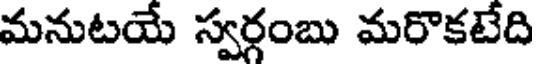
మనుటయే స్వర్గంబు మరొకటేది